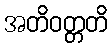
အတိဝတ္တတိ